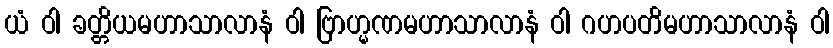
ယံ ဝါ ခတ္တိယမဟာသာလာနံ ဝါ ဗြာဟ္မဏမဟာသာလာနံ ဝါ ဂဟပတိမဟာသာလာနံ ဝါ